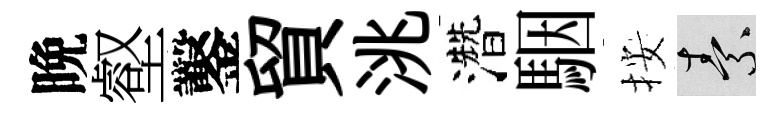
晩壑鑿貿洮濳駰按素